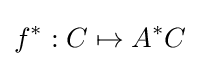
f^{*}:C\mapsto A^{*}C